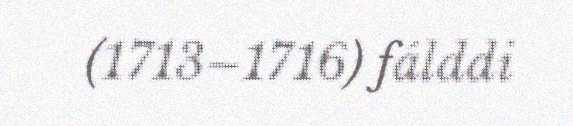
(1713–1716) fálddi